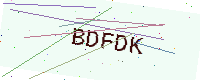
Text: BDFDK